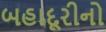
બહાદૂરીનો